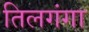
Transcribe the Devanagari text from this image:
तिलगंगा